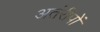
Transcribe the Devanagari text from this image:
अतंरीपों